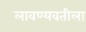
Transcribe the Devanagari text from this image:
लावण्यवतीला